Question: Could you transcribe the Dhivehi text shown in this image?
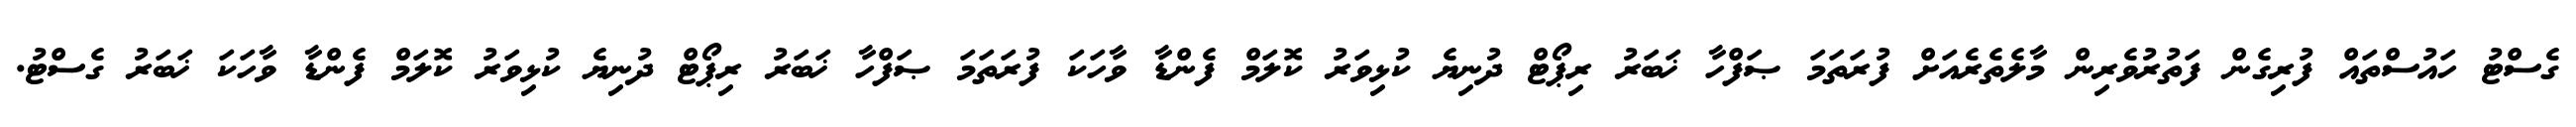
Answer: ގެސްޓު ހައުސްތައް ފުރިގެން ފަތުރުވެރިން މާލެތެރެއަށް ފުރަތަމަ ޞަފްހާ ޚަބަރު ރިޕޯޓް ދުނިޔެ ކުޅިވަރު ކޮލަމް ފެންޑާ ވާހަކަ ފުރަތަމަ ޞަފްހާ ޚަބަރު ރިޕޯޓް ދުނިޔެ ކުޅިވަރު ކޮލަމް ފެންޑާ ވާހަކަ ޚަބަރު ގެސްޓު.